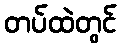
တပ်ထဲတွင်